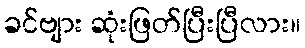
ခင်ဗျား ဆုံးဖြတ်ပြီးပြီလား။